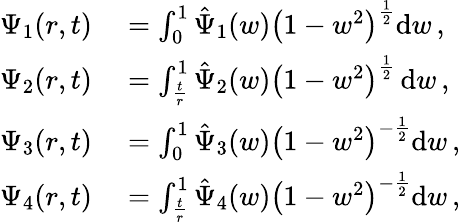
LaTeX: \begin{array}{rl}{\Psi_{1}(r,t)}&{{}=\int_{0}^{1}\hat{\Psi}_{1}(w)\left(1-w^{2}\right)^{\frac{1}{2}}\mathrm{d}w\, ,}\\ {\Psi_{2}(r,t)}&{{}=\int_{\frac{t}{r}}^{1}\hat{\Psi}_{2}(w)\left(1-w^{2}\right)^{\frac{1}{2}}\, \mathrm{d}w\, ,}\\ {\Psi_{3}(r,t)}&{{}=\int_{0}^{1}\hat{\Psi}_{3}(w)\left(1-w^{2}\right)^{-\frac{1}{2}}\mathrm{d}w\, ,}\\ {\Psi_{4}(r,t)}&{{}=\int_{\frac{t}{r}}^{1}\hat{\Psi}_{4}(w)\left(1-w^{2}\right)^{-\frac{1}{2}}\mathrm{d}w\, ,}\end{array}